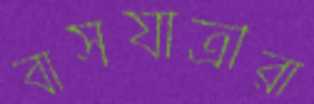
বাসযাত্রীরা